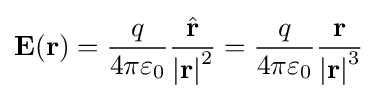
\mathbf {E} (\mathbf {r} )={q \over 4\pi \varepsilon _{0}}{{\hat {\mathbf {r} }} \over {|\mathbf {r} |}^{2}}={q \over 4\pi \varepsilon _{0}}{\mathbf {r}  \over {|\mathbf {r} |}^{3}}\,\!